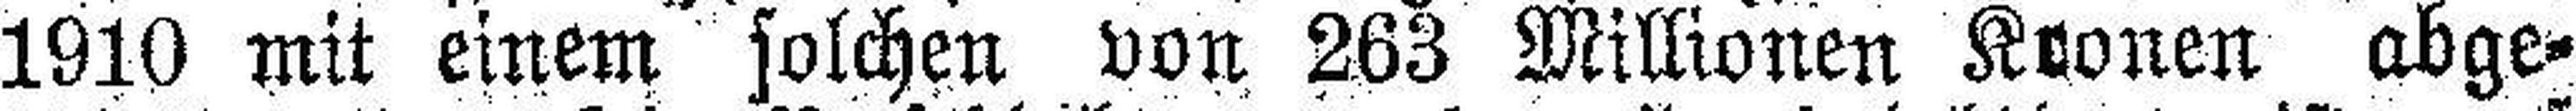
1910 mit einem solchen von 263 Millionen Kronen abge¬